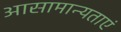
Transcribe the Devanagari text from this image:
आसामान्यताएं